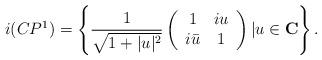
LaTeX: \begin{align*}i(CP^1)=\left\{ \frac{1}{\sqrt{1+|u|^2}} \left( \begin{array}{cc} 1 & iu \\ i\bar{u} & 1 \\ \end{array} \right) |u \in \bf C \right\} . \end{align*}